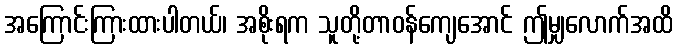
အကြောင်းကြားထားပါတယ်၊ အစိုးရက သူတို့တာဝန်ကျေအောင် ဤမျှလောက်အထိ